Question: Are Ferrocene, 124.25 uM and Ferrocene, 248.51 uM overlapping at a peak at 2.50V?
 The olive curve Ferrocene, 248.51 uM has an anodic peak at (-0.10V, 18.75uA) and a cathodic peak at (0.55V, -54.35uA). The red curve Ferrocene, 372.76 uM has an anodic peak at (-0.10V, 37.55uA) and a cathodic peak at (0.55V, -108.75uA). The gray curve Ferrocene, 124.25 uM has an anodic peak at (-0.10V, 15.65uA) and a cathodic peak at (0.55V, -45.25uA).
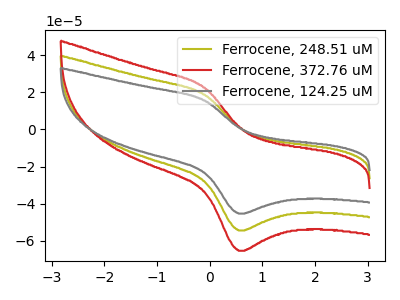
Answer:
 <answer>No, "Ferrocene, 124.25 uM" and "Ferrocene, 248.51 uM" dont share a peak at 2.50V.</answer>
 <eval>mismatch</eval>